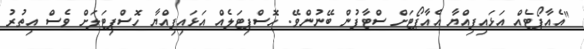
"އެއާޕޯޓެއް އަޅައިފިއްޔާ އެއާޕޯޓަށް ސްޓާފުން ބޭނުންވޭ. ހޮސްޕިޓަލެއް އަޅައިފިއްޔާ ހޮސްޕިޓަލަށް ވެސް އިތުރު